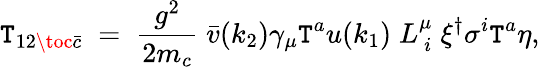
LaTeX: {\cal\mathtt{T}}_{12\toc\bar{{c}}}\; =\; {\frac{{g^{2}}}{{2m_{c}}}}\; {\bar{{v}}}(k_{2})\gamma_{\mu}\mathtt{T}^{a}u(k_{1})\; L_{\ i}^{\mu}\; \xi^{\dagger}\sigma^{i}\mathtt{T}^{a}\eta,